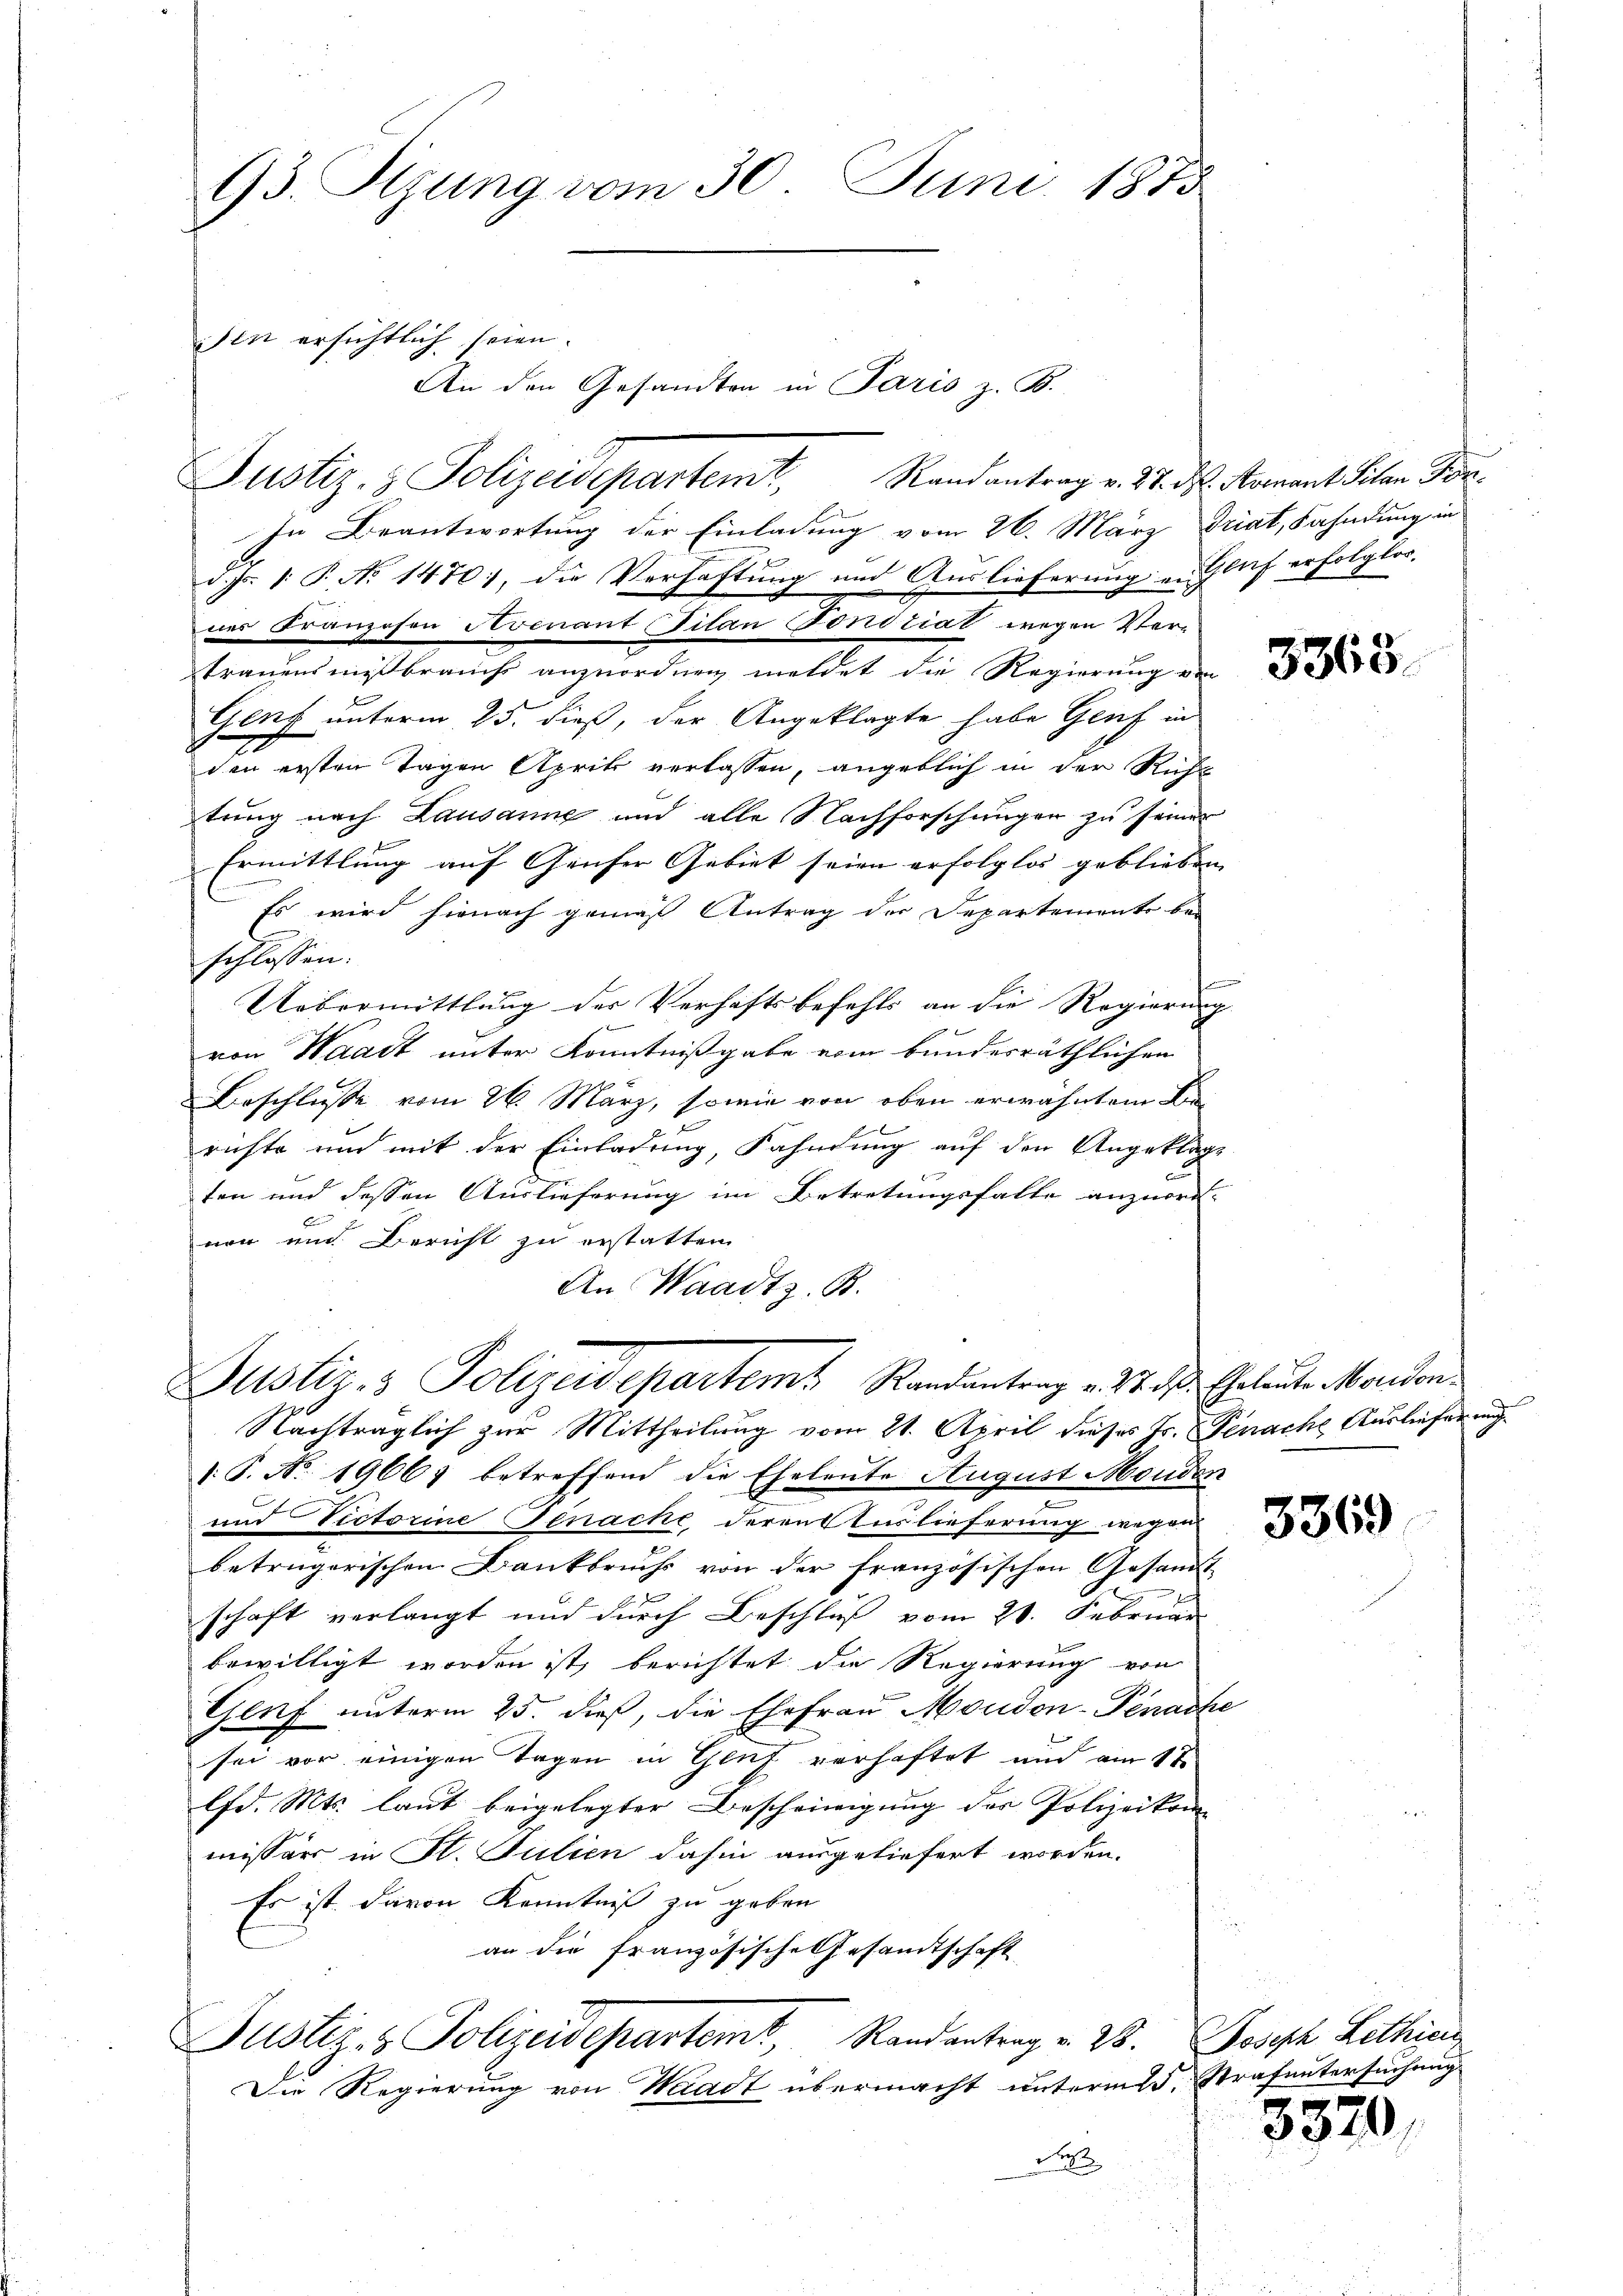
93. Stzung vom 30. Juni 1873

Justiz- & Polizeidepartem Randantrag v. 22. ds. Romant Schen For¬
In Beantwortung der Einladung vom 26. März driat, Fahndung in
d. Js. 1. P. No 1470), die Verhaftung und Auslieferung in Genf erfolglos,
nes Franzesen Avenant Filan Fondriat wegen Vertrauensmißbrauchs anzuordnen meldet die Regierung von
Genf unterm 25. dieß, der Angeklagte habe Genf in
von ersten Tagen Aprik verlassen, angeblich in der Richt
tung nach Lausanne und alle Nachforschungen zu seiner
Ermittlung auf Genfer Gebiet seien erfolglos geblieben
Es wird hienach gemäß Antrag der Departemente bei
schlossen:
Uebermittlung der Verhaftsbefehls an die Regierung
von Waadt unter Kenntnißgabe vom bundesräthlichen
Beschlüsse vom 26. März, sowie von oben erwähntem Berichte und mit der Einladung, Fahndung auf den Angeklage
ten und dessen Auslieferung im Betretungsfalle anzuord-
6
non ein Bericht zu erstatten
An Waadtz. B.
Justiz- & Polizeidepartemt Randantrag v. 3. d. Eheleute Morden
Nachträglich zur Mittheilung vom 21. April dieses Fr. Benache Auslieferung
[S. No. 19667 betreffend die Eheleute August Monden
und Victorine Genache deren Auslieferung wegen
betrügerischen Dankbruchs von der französischen Gesandt
schaft verlangt und durch Beschluß vom 20. Februar
bewilligt worden ist, berichtet die Regierung von
Genf unterm 25. dieß, die Ehefrau Moudon-Penache
sei vor einigen Tagen in Genf verhaftet und am 17.
lfd. Mts. laut beigelegter Bescheinigung der Polizeikom
missär in St. Julien dahin ausgeliefert worden.
Es ist davon Kenntniß zu geben
an die Französische Gesamtschaft
Justiz- & Polizeidepartemt, Randantrag v. 23. Joseph Lethien
Die Regierung von Waadt übermacht unterm 5. Strafuntersuchung
d

Ien ersichtlich seien.
An den Gesandten in Paris z. B.

3363.

3369

3320,